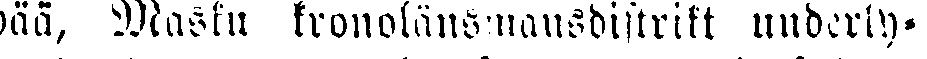
pää, Masku kronolänsmansdistrikt underly-